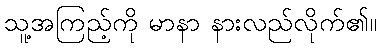
သူ့အကြည့်ကို မာနာ နားလည်လိုက်၏။